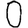
Digit: 0